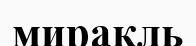
миракль